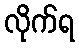
လိုက်ရ